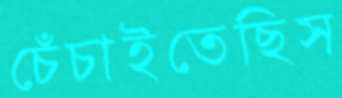
চেঁচাইতেছিস